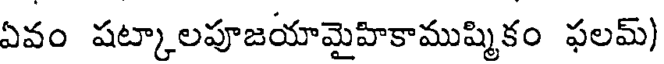
ఏవం షట్కాలపూజయామైహికాముష్మికం ఫలమ్)